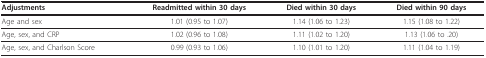
<table><thead><tr><td><b>Adjustments</b></td><td><b>Readmitted within 30 days</b></td><td><b>Died within 30 days</b></td><td><b>Died within 90 days</b></td></tr></thead><tbody><tr><td>Age and sex</td><td>1.01 (0.95 to 1.07)</td><td>1.14 (1.06 to 1.23)</td><td>1.15 (1.08 to 1.22)</td></tr><tr><td>Age, sex, and CRP</td><td>1.02 (0.96 to 1.08)</td><td>1.11 (1.02 to 1.20)</td><td>1.13 (1.06 to .20)</td></tr><tr><td>Age, sex, and Charlson Score</td><td>0.99 (0.93 to 1.06)</td><td>1.10 (1.01 to 1.20)</td><td>1.11 (1.04 to 1.19)</td></tr></tbody></table>